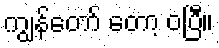
ကျွန်တော် တော့ ဝပြီ။